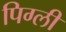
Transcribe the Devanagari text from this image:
पिग्ली